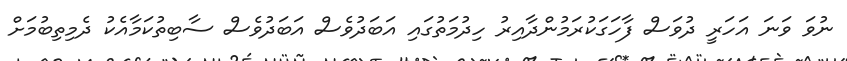
ނުވަ ވަނަ އަހަރީ ދުވަސް ފާހަގަކުރަމުންދާއިރު ހިދުމަތުގައި އަބަދުވެސް އަބަދުވެސް ސާބިތުކަމާއެކު ދެމިތިބުމަށް